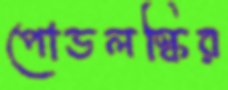
পোডলস্কির